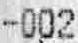
-002